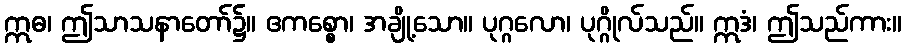
ဣဓ၊ ဤသာသနာတော်၌။ ဧကစ္စော၊ အချို့သော။ ပုဂ္ဂလော၊ ပုဂ္ဂိုလ်သည်။ ဣဒံ၊ ဤသည်ကား။